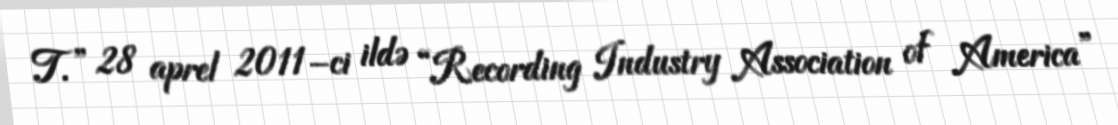
T.” 28 aprel 2011–ci ildə “Recording Industry Association of America”